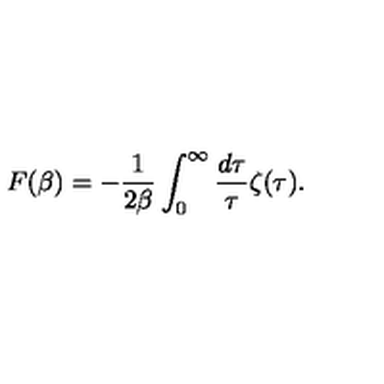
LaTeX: { } F ( \beta ) = - { \frac { 1 } { 2 \beta } } \int _ { 0 } ^ { \infty } { \frac { d \tau } { \tau } } \zeta ( \tau ) .